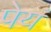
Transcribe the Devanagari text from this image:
पेयं